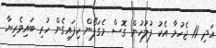
އަދި 11 ޖެހުމާ އެކު ފުލުހުން ގޮސް މެގަފޯން ހިފައިގެން ހުރި ބައިވެރިޔާ